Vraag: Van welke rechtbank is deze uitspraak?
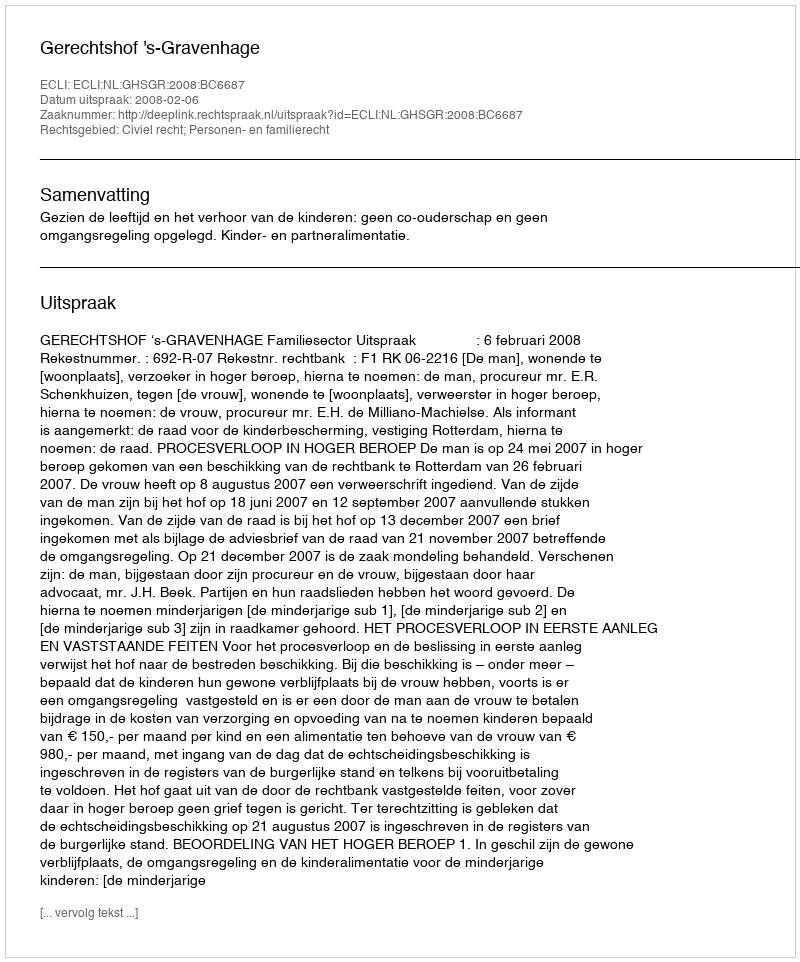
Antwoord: Gerechtshof 's-Gravenhage